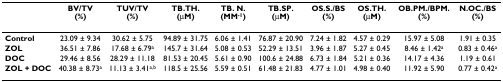
<table><thead><tr><td></td><td><b>BV/TV (%)</b></td><td><b>TUV/TV (%)</b></td><td><b>TB.TH. (μM)</b></td><td><b>TB. N. (MM<sup>-1</sup>)</b></td><td><b>TB.SP. (μM)</b></td><td><b>OS.S./BS (%)</b></td><td><b>OS.TH. (μM)</b></td><td><b>OB.PM./BPM. (%)</b></td><td><b>N.OC./BS (%)</b></td></tr></thead><tbody><tr><td><b>Control</b></td><td>23.09 ± 9.34</td><td>30.62 ± 5.75</td><td>94.89 ± 31.75</td><td>6.06 ± 1.41</td><td>76.87 ± 20.90</td><td>7.24 ± 1.82</td><td>4.57 ± 0.29</td><td>15.97 ± 5.08</td><td>1.91 ± 0.35</td></tr><tr><td><b>ZOL</b></td><td>36.51 ± 7.86</td><td>17.68 ± 6.79<sup>a</sup></td><td>145.7 ± 31.64</td><td>5.08 ± 0.53</td><td>52.29 ± 13.51</td><td>3.96 ± 1.87</td><td>5.27 ± 0.45</td><td>8.46 ± 1.42<sup>a</sup></td><td>0.83 ± 0.46<sup>a</sup></td></tr><tr><td><b>DOC</b></td><td>29.46 ± 8.56</td><td>28.29 ± 11.18</td><td>81.53 ± 20.45</td><td>5.61 ± 0.90</td><td>100.6 ± 24.88</td><td>6.73 ± 1.84</td><td>5.21 ± 0.36</td><td>14.17 ± 4.36</td><td>1.19 ± 0.61</td></tr><tr><td><b>ZOL + DOC</b></td><td>40.38 ± 8.73<sup>a</sup></td><td>11.13 ± 3.41<sup>a,b</sup></td><td>118.5 ± 25.56</td><td>5.59 ± 0.51</td><td>61.48 ± 21.83</td><td>4.77 ± 1.01</td><td>4.98 ± 0.40</td><td>11.92 ± 5.90</td><td>0.77 ± 0.42<sup>a</sup></td></tr></tbody></table>